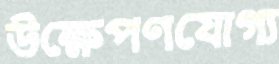
উক্ষেপণযোগ্য